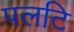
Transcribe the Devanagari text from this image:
पलटि